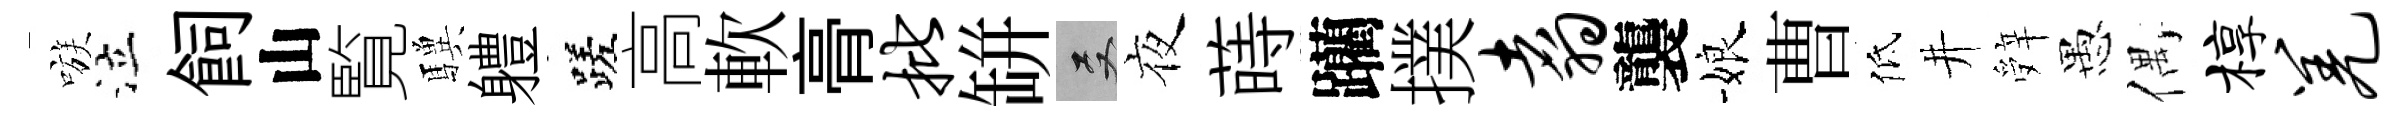
嗾泣飼山覧驥軆蹉高軟𮌔批缾双夜蒔躪撲翥襲娘曹低井辤愚偶椁羌